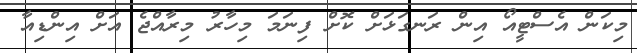
މިކަން އެސްޓީއޯ އިން ރަނގަޅަށް ކޮށް ފިނަމަ މިހާރު މިރާއްޖެ އަށް އިންޑިއާ